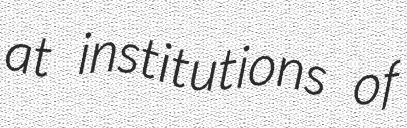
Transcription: at institutions of